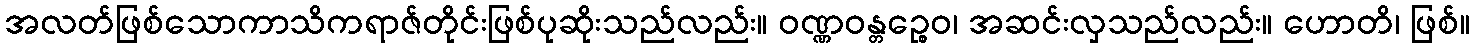
အလတ်ဖြစ်သောကာသိကရာဇ်တိုင်းဖြစ်ပုဆိုးသည်လည်း။ ဝဏ္ဏဝန္တဉ္စေဝ၊ အဆင်းလှသည်လည်း။ ဟောတိ၊ ဖြစ်။